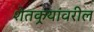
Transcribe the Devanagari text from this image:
शेतकर्‍यांवरील